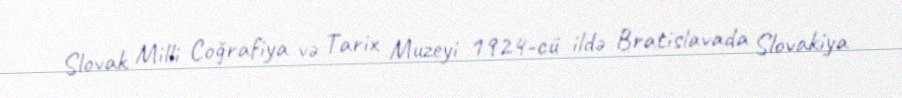
Slovak Milli Coğrafiya və Tarix Muzeyi 1924-cü ildə Bratislavada Slovakiya